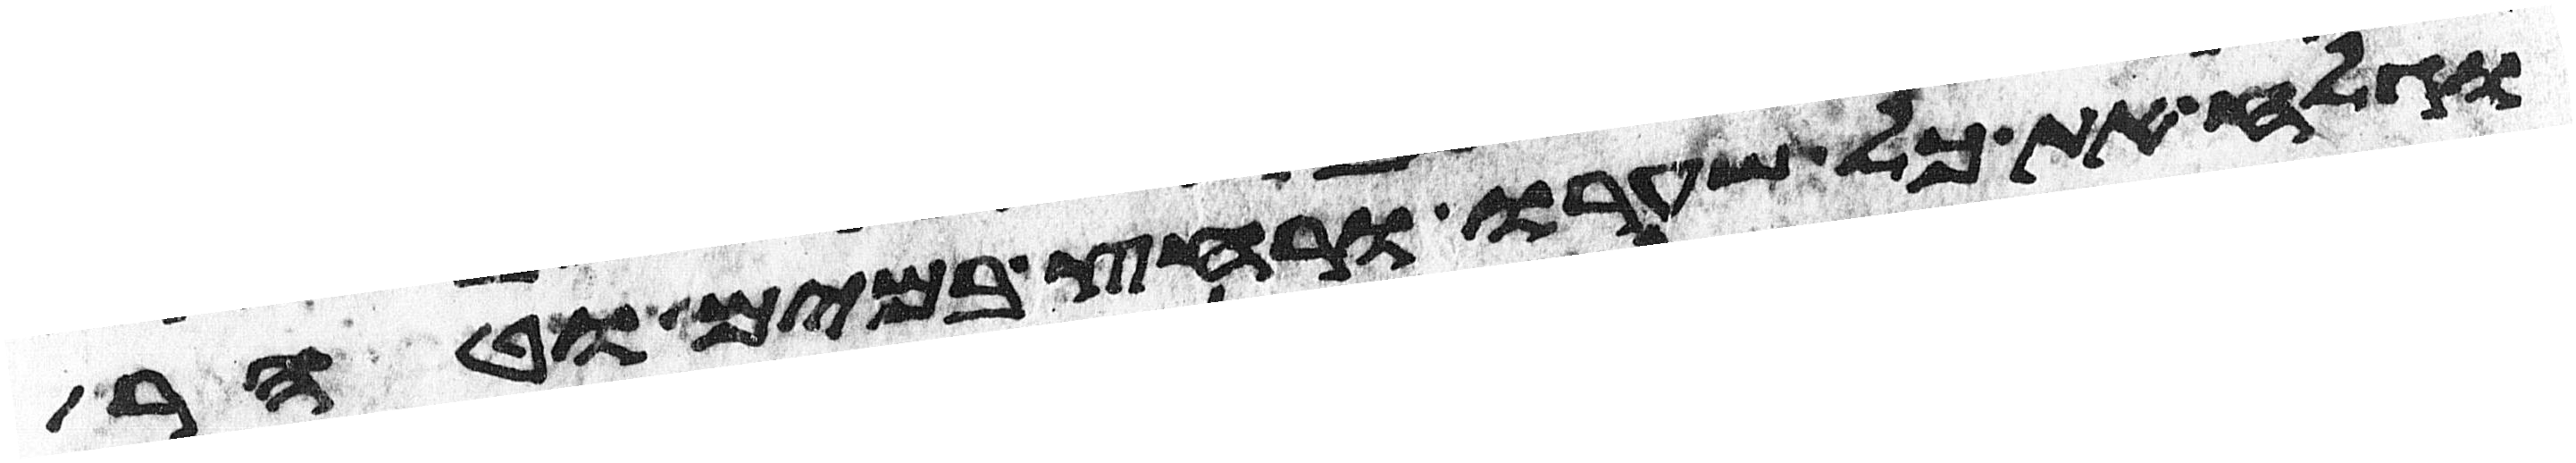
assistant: וגלח את כל שערו ורחץ במים וטהר